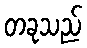
တခုသည်